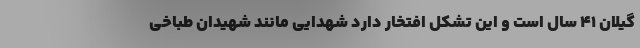
گیلان ۴۱ سال است و این تشکل افتخار دارد شهدایی مانند شهیدان طباخی